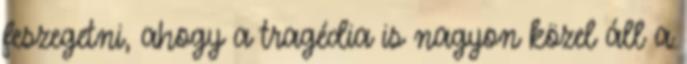
feszegetni, ahogy a tragédia is nagyon közel áll a